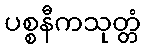
ပစ္စနီကသုတ္တံ